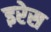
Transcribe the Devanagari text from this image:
इरेस